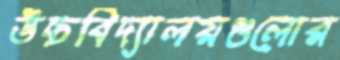
উচ্চবিদ্যালয়গুলোর